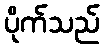
ပိုက်သည်